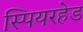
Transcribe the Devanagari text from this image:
स्पियरहेड